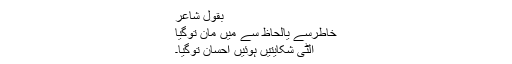
بقول شاعر
خاطرسے یالحاظ سے میں مان توگیا
الٹی شکایتیں ہوئیں احسان توگیا۔